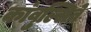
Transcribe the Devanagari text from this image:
कांवुल्सिवे